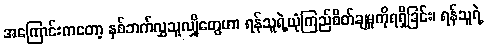
အကြောင်းကတော့ နှစ်ဘက်လွှသူလျှိုတွေဟာ ရန်သူရဲ့ယုံကြည်စိတ်ချမှုကိုရရှိခြင်း၊ ရန်သူရဲ့